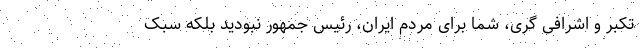
تکبر و اشرافی گری، شما برای مردم ایران، رئیس جمهور نبودید بلکه سبک